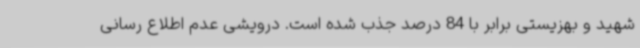
شهید و بهزیستی برابر با 84 درصد جذب شده است. درویشی عدم اطلاع رسانی